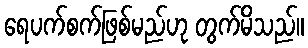
ရေပက်စက်ဖြစ်မည်ဟု တွက်မိသည်။